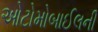
ઓટોમોબાઈલની